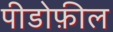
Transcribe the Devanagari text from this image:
पीडोफ़ील